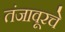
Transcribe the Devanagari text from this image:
तंजावूरचे